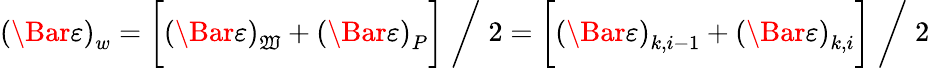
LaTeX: \left(\Bar{\varepsilon}\right)_{w}=\biggl[\left(\Bar{\varepsilon}\right)_{\mathfrak{W}}+\left(\Bar{\varepsilon}\right)_{P}\biggr]\; \bigg/\; 2=\biggl[\left(\Bar{\varepsilon}\right)_{k,i-1}+\left(\Bar{\varepsilon}\right)_{k,i}\biggr]\; \bigg/\; 2